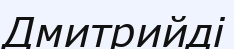
Дмитрийді